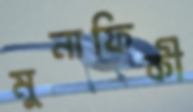
মুনাফিকী